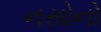
નસોનો